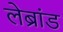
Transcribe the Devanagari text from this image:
लेब्रांड